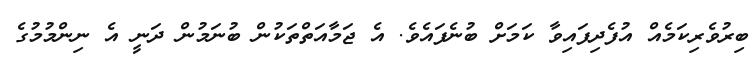
ބިރުވެރިކަމެއް އުފެދިފައިވާ ކަމަށް ބުނެފައެވެ. އެ ޖަމާއަތްތަކުން ބުނަމުން ދަނީ އެ ނިންމުމުގެ